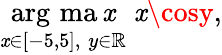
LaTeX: {\underset{\mathit{x}\in[-5,5],\; y\in\mathbb{{R}}}{\operatorname{arg\, ma\mathit{x}}}}\; \mathit{x}\cosy,